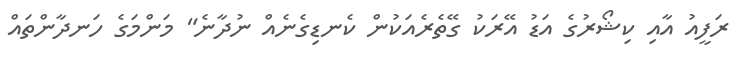
ރަފީއު އާއި ކިޝޯރުގެ އަޑު އޭރަކު ގޭތެރެއަކުން ކެނޑިގެނެއް ނުދާނެ" މަންމަގެ ހަނދާންތައް